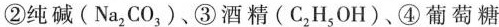
②纯碱(Na_{2}CO_{3})、③酒精(C_{2}H_{5}OH)、④葡萄糖